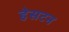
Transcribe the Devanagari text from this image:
हेसटन